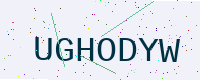
Text: UGHODYW